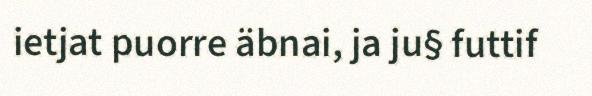
ietjat puorre äbnai, ja ju§ futtif